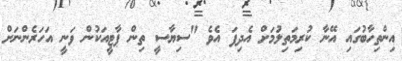
އިންތިހާބުގައި އޭނާ ކުރިމަތިލުމަށް އެދިފަ އެވެ "ސިޔާސީ ތިން ޕާޓީއަކުން ވަނީ އަހަރެންނަށް